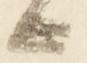
候